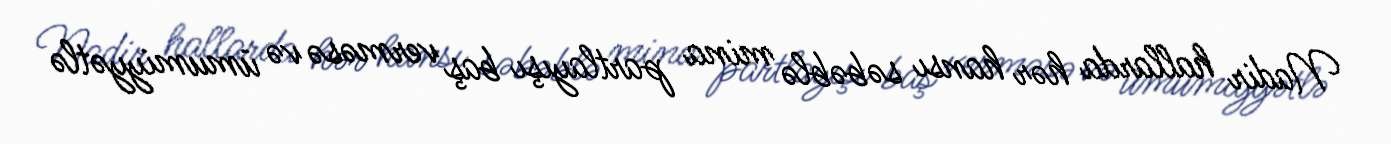
Nadir hallarda hər hansı səbəblə mina partlayışı baş verməsə və ümumiyyətlə